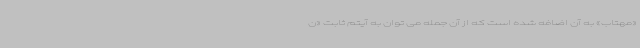
«مهتاب» به آن اضافه شده است که از آن جمله می توان به آیتم ثابت «ن